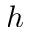
h